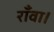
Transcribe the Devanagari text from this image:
राँवा।